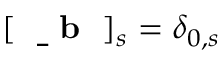
[ \mathrm { ~ \bf ~ \underline { ~ } { ~ b ~ } ~ } ] _ { s } = \delta _ { 0 , s }